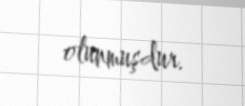
olunmuşdur.